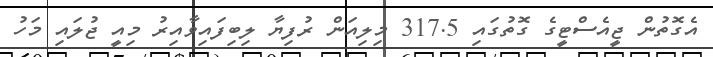
އެގޮތުން ޖީއެސްޓީގެ ގޮތުގައި 317.5 މިލިއަން ރުފިޔާ ލިބިފައިވާއިރު މިއީ ޖުލައި މަހު